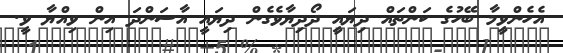
އެހެންވީމާ ބޭހުގެ ކަންތައް ދިޔައީ ދޯދިޔާވެގެން ދިޔައީ އާސަންދަ އިން ވިއްޔާ ވީ.